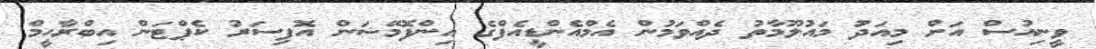
ވީނިއުސް އަށް މިއަދު މައުލޫމާތު ދެއްވަމުން އެމްއެންޑީއެފްގެ އިންފޮމޭޝަން އޮފިސަރު ކެޕްޓަން އިބްރާހީމް